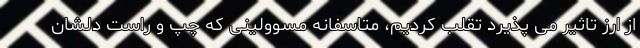
از ارز تاثیر می پذیرد تقلب کردیم، متاسفانه مسوولینی که چپ و راست دلشان